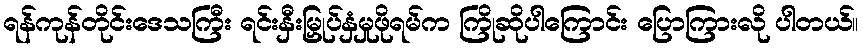
ရန်ကုန်တိုင်းဒေသကြီး ရင်းနှီးမြှုပ်နှံမှုဖိုရမ်က ကြိုဆိုပါကြောင်း ပြောကြားလို ပါတယ်။